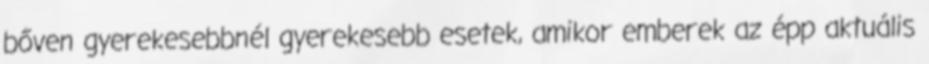
bőven gyerekesebbnél gyerekesebb esetek, amikor emberek az épp aktuális